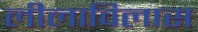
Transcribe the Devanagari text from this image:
लीलाविलास